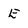
Character: E